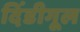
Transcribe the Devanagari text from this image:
दिंडीगूल